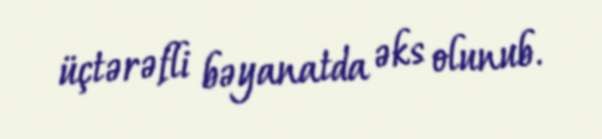
üçtərəfli bəyanatda əks olunub.